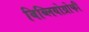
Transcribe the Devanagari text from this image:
बिब्लियोग्रोफी